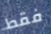
فقط